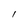
Character: l